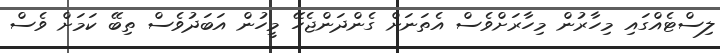
ލިސްޓެއްގައި މިހާރުން މިހާރަށްވެސް އެތަނަށް ގެންދަންޖެހޭ މީހުން އަބަދުވެސް ތިބޭ ކަމަށް ވެސް